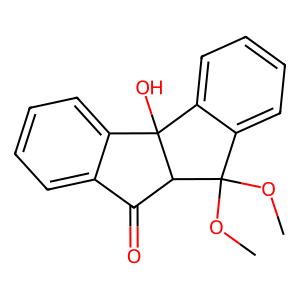
SMILES: COC1(OC)c2ccccc2C2(O)c3ccccc3C(=O)C12
Inhibits HIV replication: No